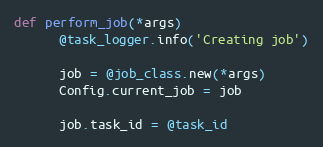
Language: Ruby
def perform_job(*args)
      @task_logger.info('Creating job')

      job = @job_class.new(*args)
      Config.current_job = job

      job.task_id = @task_id